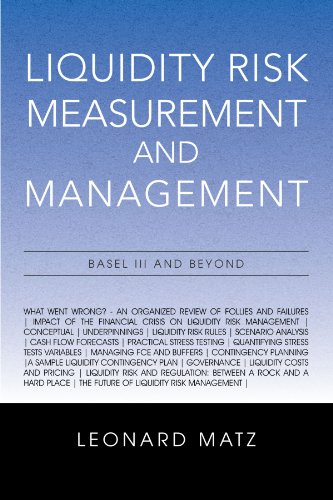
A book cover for Liquidity Risk Measurement and Management: Basel III And Beyond; Leonard Matz; Business & Money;